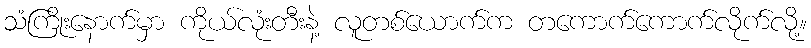
သံကြိုးနောက်မှာ ကိုယ်လုံးတီးနဲ့ လူတစ်ယောက်က တကောက်ကောက်လိုက်လို့။